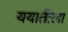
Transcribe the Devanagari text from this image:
ययातीला